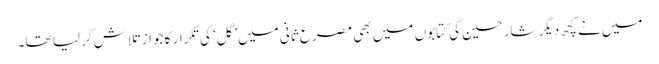
میں نے کچھ دیگر شارحین کی کتابوں میں بھی مصرع ثانی میں’گل‘ کی تکرار کا جواز تلاش کر لیا تھا۔